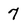
Character: 7